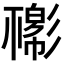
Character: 𢒴